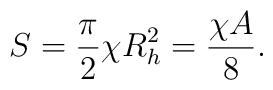
S={{\pi}\over{2} } \chi R^{2}_{h}={{\chi A}\over{8}}.